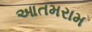
આતમરામ